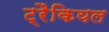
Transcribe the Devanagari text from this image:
ट्रैकियल